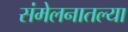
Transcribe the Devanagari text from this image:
संमेलनातल्या